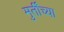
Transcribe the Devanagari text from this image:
मुर्तींच्या